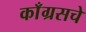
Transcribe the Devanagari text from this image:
काँग्रसचे